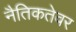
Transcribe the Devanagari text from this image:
नैतिकतेवर